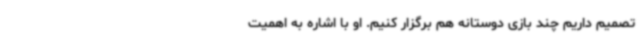
تصمیم داریم چند بازی دوستانه هم برگزار کنیم. او با اشاره به اهمیت